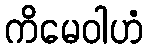
ကိမေဝါဟံ